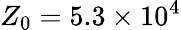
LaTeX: Z_{0}=5.3\times 10^{4}